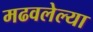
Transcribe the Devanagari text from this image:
मढवलेल्या